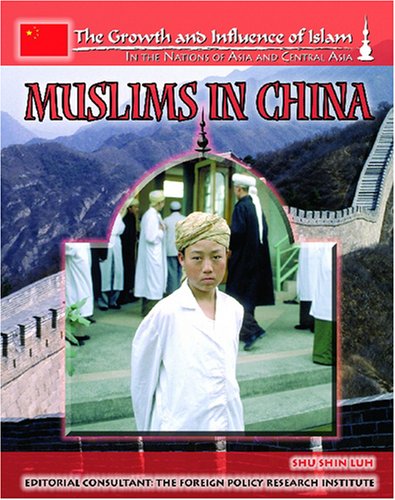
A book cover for Muslims In China (The Growth and Influence of Islam in the Nations of Asia and Central Asia); Sheila Hollihan-Elliot; Teen & Young Adult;